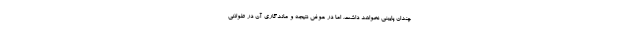
چندان پایینی نخواهد داشت. اما در عوض نتیجه و ماندگاری آن در طولانی